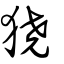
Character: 獟